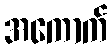
အကောက်